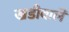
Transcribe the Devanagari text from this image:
खडीवालॆ